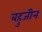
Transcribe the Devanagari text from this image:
बहुजीन